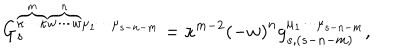
G _ { s } ^ { \overbrace { \kappa \cdots \kappa } ^ { m } \overbrace { w \cdots w } ^ { n } \mu _ { 1 } \cdots \mu _ { s - n - m } } = \kappa ^ { m - 2 } \left( - w \right) ^ { n } g _ { s , ( s - n - m ) } ^ { \mu _ { 1 } \cdots \mu _ { s - n - m } } ,